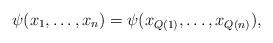
LaTeX: \begin{align*}\psi(x_1,\dots,x_n)=\psi(x_{Q(1)},\dots,x_{Q(n)}),\end{align*}